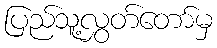
ပြည်သူ့လွှတ်တော်မှ